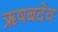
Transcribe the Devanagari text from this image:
ऋषबदेव